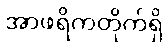
အာဖရိကတိုက်ရှိ